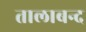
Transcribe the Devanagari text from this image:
तालाबन्द